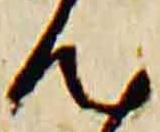
汰